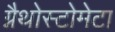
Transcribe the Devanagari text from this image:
ग्नैथोस्टोमेटा